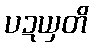
ပဍယှတိ